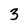
Character: 3